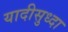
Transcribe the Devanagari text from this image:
यादीसुध्दा